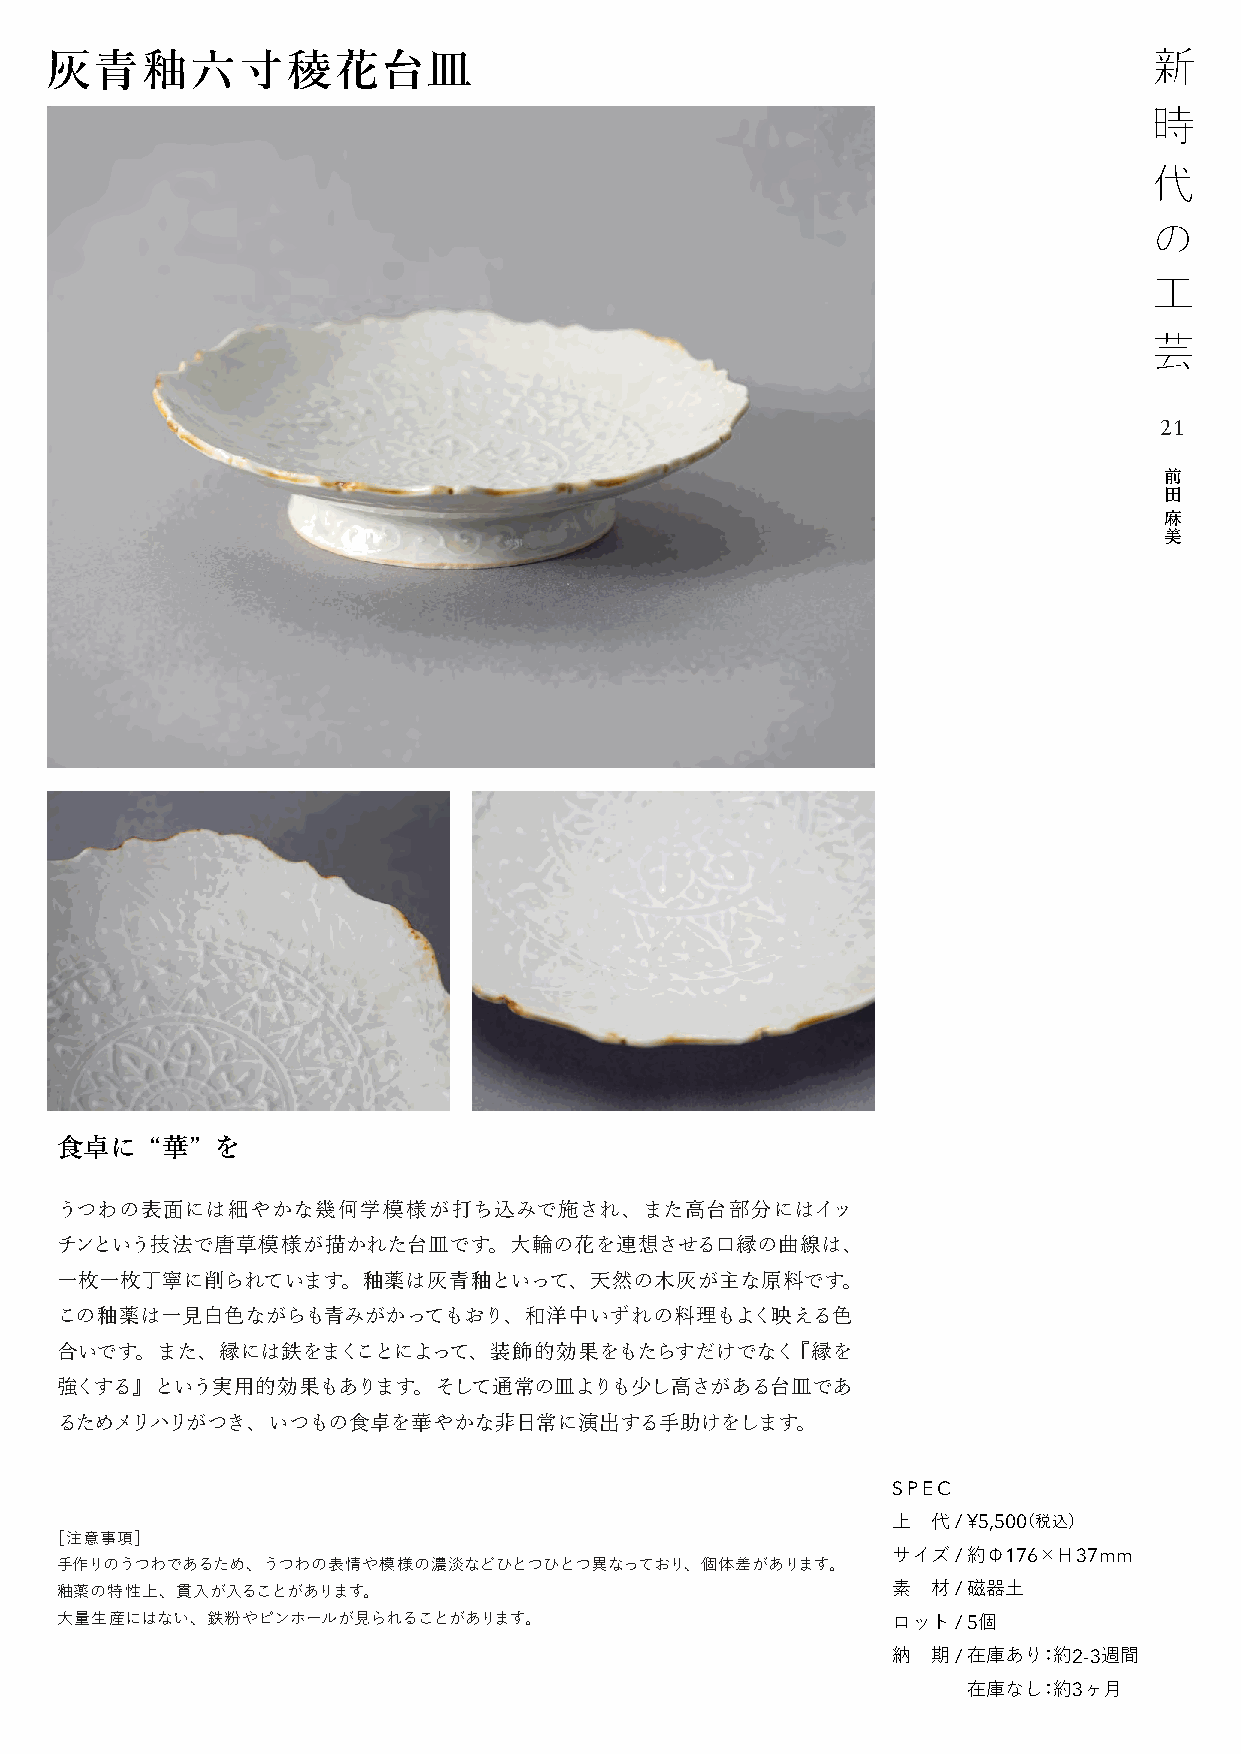
灰青釉六寸稜花台皿
 21
 前
 田
 麻
 美
 食卓に   “華” を
 うつわの表面には細やかな幾何学模様が打ち込みで施され、また高台部分にはイッ
 チンという技法で唐草模様が描かれた台皿です。大輪の花を連想させる口縁の曲線は、
 一枚一枚丁寧に削られています。釉薬は灰青釉といって、天然の木灰が主な原料です。
 この釉薬は一見白色ながらも青みがかってもおり、和洋中いずれの料理もよく映える色
 合いです。また、縁には鉄をまくことによって、装飾的効果をもたらすだけでなく『縁を
 強くする』という実用的効果もあります。そして通常の皿よりも少し高さがある台皿であ
 るためメリハリがつき、いつもの食卓を華やかな非日常に演出する手助けをします。
 SPEC
 上  代 / ¥5,500（税込）
 ［注意事項］
 サイズ / 約Φ176×H 37mm
 手作りのうつわであるため、うつわの表情や模様の濃淡などひとつひとつ異なっており、個体差があります。
 釉薬の特性上、貫入が入ることがあります。                                   素  材 / 磁器土
 大量生産にはない、鉄粉やピンホールが見られることがあります。                         ロット / 5個
 納  期 / 在庫あり：約2-3週間
 在庫なし：約3ヶ月